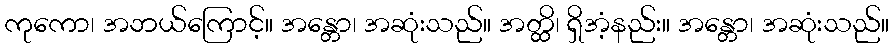
ကုကော၊ အဘယ်ကြောင့်။ အန္တော၊ အဆုံးသည်။ အတ္ထိ၊ ရှိအံ့နည်း။ အန္တော၊ အဆုံးသည်။